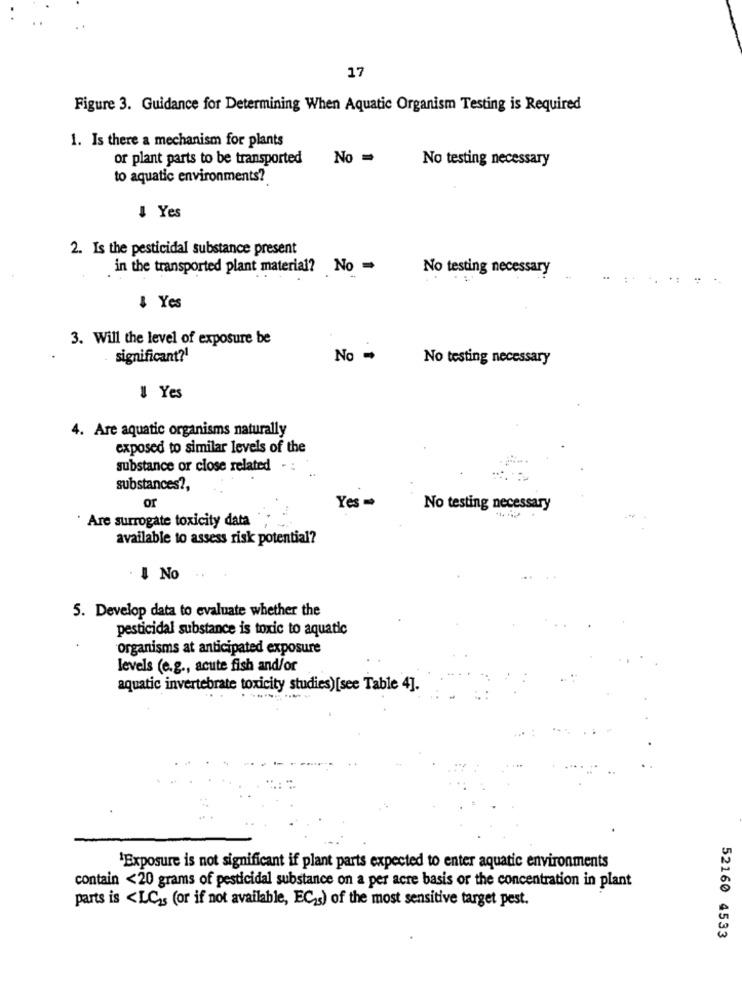
17
Figure 3. Guidance for Determining When Aquatic Organism Testing is Required
1. Is there a mechanism for plants
or plant parts to be transported
No =
No testing necessary
to aquatic environments?
I Yes
2. Is the pesticidal substance present
in the transported plant material? No -
No testing necessary
& Yes
3. Will the level of exposure be
significant ?!
No -
No testing necessary
1 Yes
4. Are aquatic organisms naturally
exposed to similar levels of the
substance or close related
substances ?,
Yes-
or
No testing necessary
· Are surrogate toxicity data
available to assess risk potential?
I No
5. Develop data to evaluate whether the
pesticidal substance is toxic to aquatic
organisms at anticipated exposure
levels (e.g ., acute fish and/or
aquatic invertebrate toxicity studies)[see Table 4].
'Exposure is not significant if plant parts expected to enter aquatic environments
contain <20 grams of pesticidal substance on a per acre basis or the concentration in plant
parts is <LCss (or if not available, EC3) of the most sensitive target pest.
52160 4533